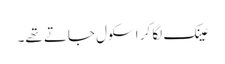
عینک لگا کر اسکول جاتے تھے۔